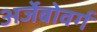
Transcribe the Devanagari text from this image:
अर्जेबोवर्ग